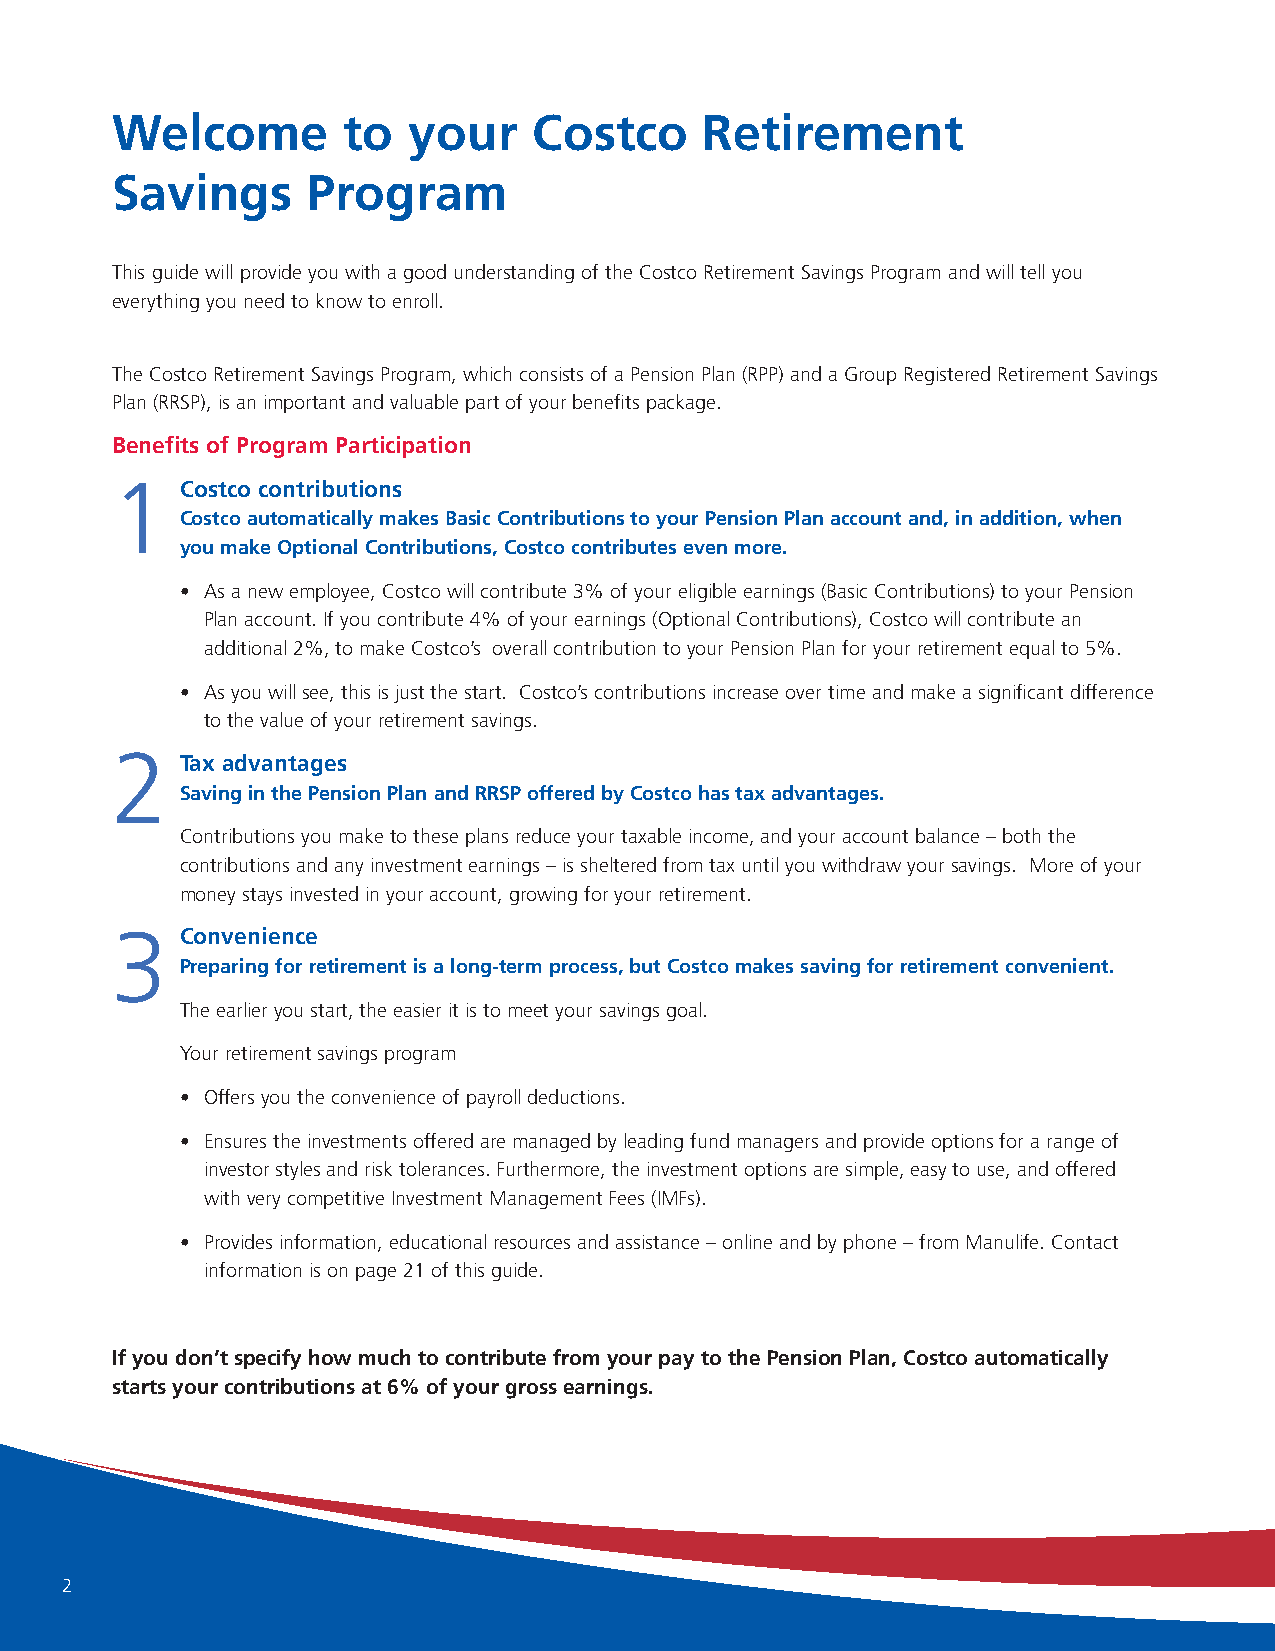
Welcome         to  your    Costco      Retirement
 Savings      Program
 This guide will provide you with a good understanding of the Costco Retirement Savings Program and will tell you
 everything you need to know to enroll.
 The Costco Retirement Savings Program, which consists of a Pension Plan (RPP) and a Group Registered Retirement Savings
 Plan (RRSP), is an important and valuable part of your benefits package.
 Benefits of Program Participation
 1    Costco contributions
 Costco automatically makes Basic Contributions to your Pension Plan account and, in addition, when
 you make Optional Contributions, Costco contributes even more.
 • As a new employee, Costco will contribute 3% of your eligible earnings (Basic Contributions) to your Pension
 Plan account. If you contribute 4% of your earnings (Optional Contributions), Costco will contribute an
 additional 2%, to make Costco’s overall contribution to your Pension Plan for your retirement equal to 5%.
 • As you will see, this is just the start. Costco’s contributions increase over time and make a significant difference
 to the value of your retirement savings.
 2    Tax advantages
 Saving in the Pension Plan and RRSP offered by Costco has tax advantages.
 Contributions you make to these plans reduce your taxable income, and your account balance – both the
 contributions and any investment earnings – is sheltered from tax until you withdraw your savings. More of your
 money stays invested in your account, growing for your retirement.
 3    Convenience
 Preparing for retirement is a long-term process, but Costco makes saving for retirement convenient.
 The earlier you start, the easier it is to meet your savings goal.
 Your retirement savings program
 • Offers you the convenience of payroll deductions.
 • Ensures the investments offered are managed by leading fund managers and provide options for a range of
 investor styles and risk tolerances. Furthermore, the investment options are simple, easy to use, and offered
 with very competitive Investment Management Fees (IMFs).
 • Provides information, educational resources and assistance – online and by phone – from Manulife. Contact
 information is on page 21 of this guide.
 If you don’t specify how much to contribute from your pay to the Pension Plan, Costco automatically
 starts your contributions at 6% of your gross earnings.
 2